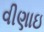
વીણાઇ